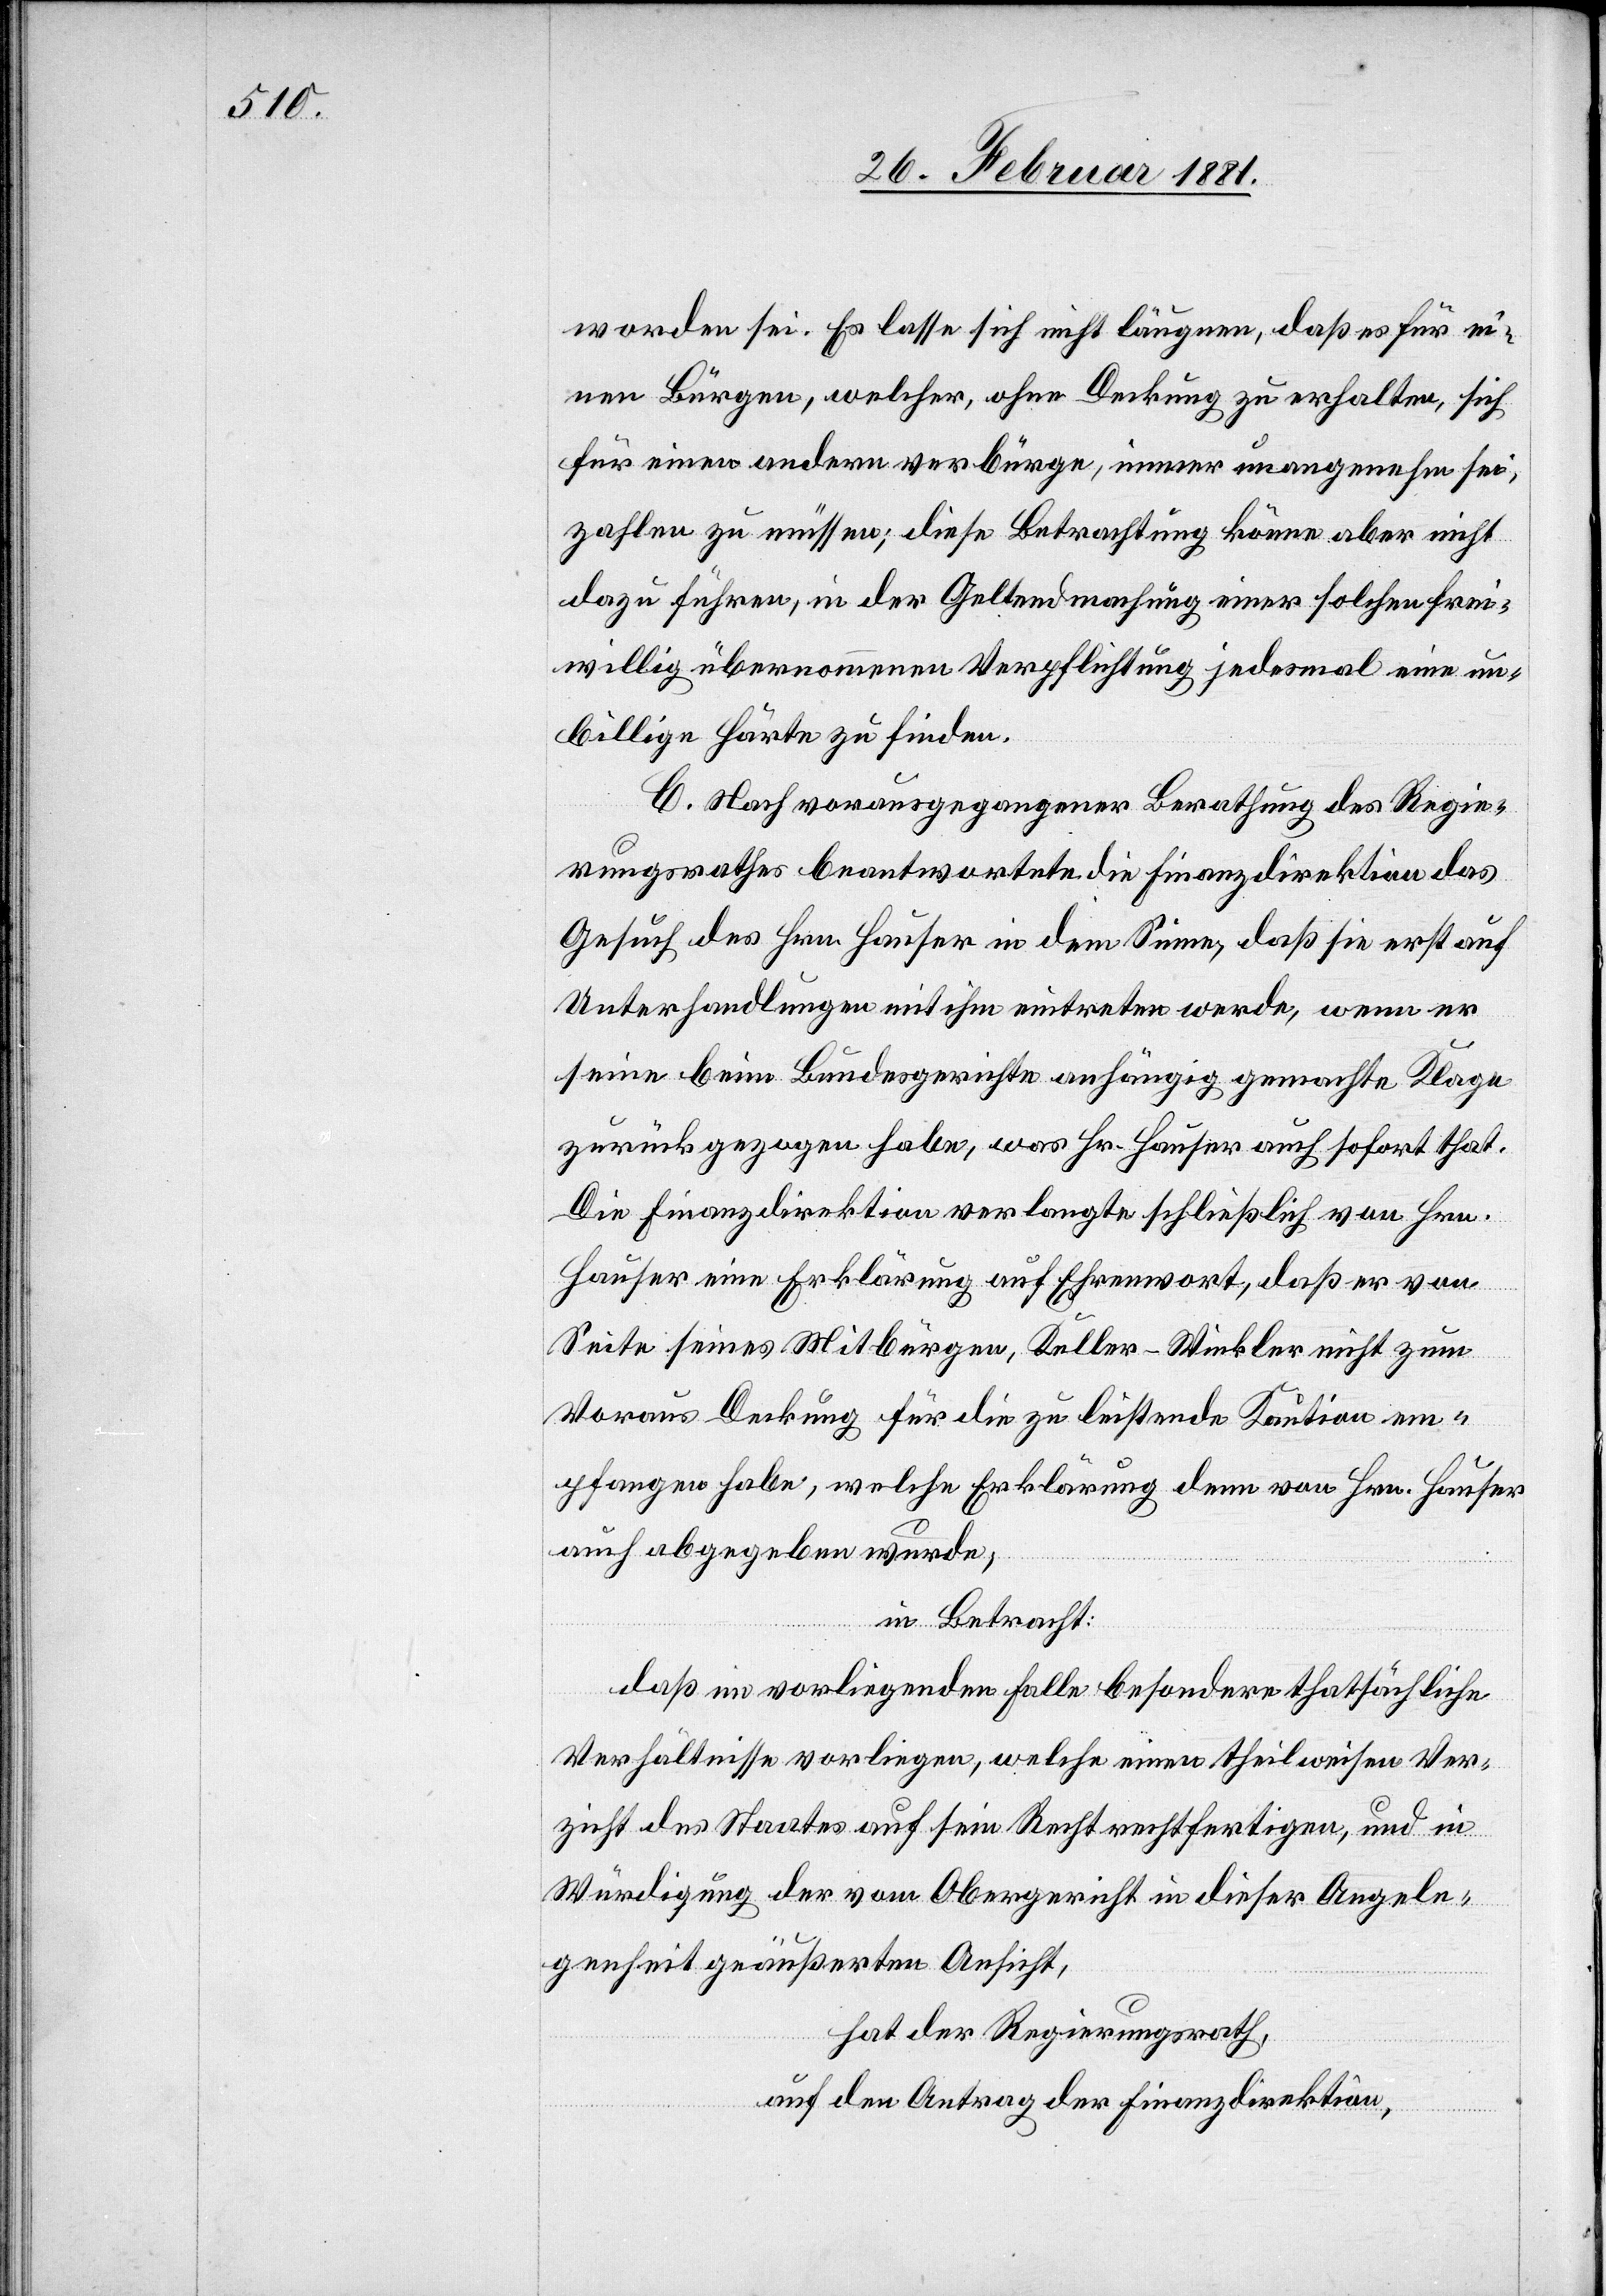
worden sei. Es lasse sich nicht läugnen, daß es für ei¬
nen Bürgen, welcher, ohne Deckung zu erhalten, sich
für einen andern verbürge, immer unangenehm sei,
zahlen zu müssen, diese Betrachtung könne aber nicht
dazu führen, in der Geltendmachung einer solchen frei¬
willig übernommenen Verpflichtung jedesmal eine un¬
billige Härte zu finden.
C. Nach vorausgegangener Berathung des Regie¬
rungsrathes beantwortete die Finanzdirektion das
Gesuch des Hrn. Hauser in dem Sinne, daß sie erst auf
Unterhandlung mit ihm eintreten werde, wenn er
seine beim Bundesgerichte anhängig gemachte Klage
zurückgezogen habe, was Hr. Hauser auch sofort that.
Die Finanzdirektion verlangte schließlich von Hrn.
Hauser eine Erklärung auf Ehrenwort, daß er von
Seite seines Mitbürgen, Keller-Winkler nicht zum
Voraus Deckung für die zu leistende Kaution em¬
pfangen habe, welche Erklärung denn von Hrn. Hauser
auch abgegeben wurde;
in Betracht:
daß im vorliegenden Falle besondere thatsächliche
Verhältnisse vorliegen, welche einen theilweisen Ver¬
zicht des Staates auf sein Recht rechtfertigen, und in
Würdigung der vom Obergericht in dieser Angele¬
genheit geäußerten Ansicht,
hat der Regierungsrath,
auf den Antrag der Finanzdirektion,